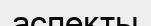
аспекты